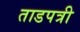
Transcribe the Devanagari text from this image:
ताडपत्री